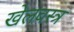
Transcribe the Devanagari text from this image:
खेलवस्त्र